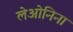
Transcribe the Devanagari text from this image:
लेओनिना